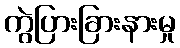
ကွဲပြားခြားနားမှု